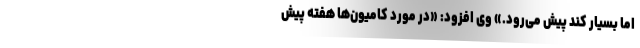
اما بسیار کند پیش می‌رود.» وی افزود: «در مورد کامیون‌ها هفته پیش